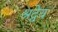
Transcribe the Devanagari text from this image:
श्रद्वेय